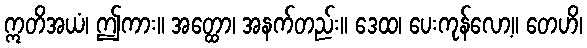
ဣတိအယံ၊ ဤကား။ အတ္ထော၊ အနက်တည်း။ ဒေထ၊ ပေးကုန်လော့။ တေဟိ၊